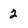
Character: 2